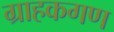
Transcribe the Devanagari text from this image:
ग्राहकगण